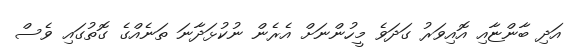
އަދި ބާންޏާއި އޮއިވަރު ގަދަވެ މީހުންނަށް އެރެން ނުކުޅަދާނަ ތަނެއްގެ ގޮތުގައި ވެސް